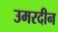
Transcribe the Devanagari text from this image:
उमरदीन